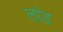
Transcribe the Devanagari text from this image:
लांड